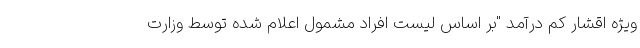
ویژه اقشار کم درآمد "بر اساس لیست افراد مشمول اعلام شده توسط وزارت